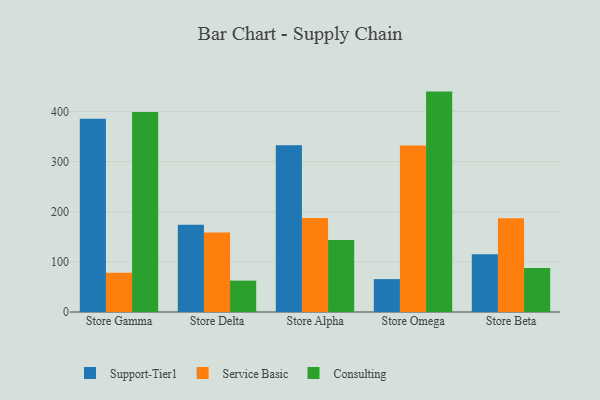
{"axis": {"x": "Store", "y": "Tickets Resolved"}, "legend": ["Consulting", "Service Basic", "Support-Tier1"], "data": [{"x": "Store Gamma", "y": 385.2, "type": "Support-Tier1"}, {"x": "Store Gamma", "y": 78.1, "type": "Service Basic"}, {"x": "Store Gamma", "y": 399.0, "type": "Consulting"}, {"x": "Store Delta", "y": 173.9, "type": "Support-Tier1"}, {"x": "Store Delta", "y": 158.6, "type": "Service Basic"}, {"x": "Store Delta", "y": 62.6, "type": "Consulting"}, {"x": "Store Alpha", "y": 332.6, "type": "Support-Tier1"}, {"x": "Store Alpha", "y": 187.3, "type": "Service Basic"}, {"x": "Store Alpha", "y": 143.5, "type": "Consulting"}, {"x": "Store Omega", "y": 65.6, "type": "Support-Tier1"}, {"x": "Store Omega", "y": 332.1, "type": "Service Basic"}, {"x": "Store Omega", "y": 439.6, "type": "Consulting"}, {"x": "Store Beta", "y": 115.2, "type": "Support-Tier1"}, {"x": "Store Beta", "y": 187.0, "type": "Service Basic"}, {"x": "Store Beta", "y": 87.9, "type": "Consulting"}]}